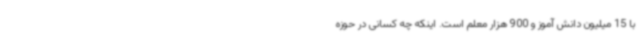
با 15 میلیون دانش آموز و 900 هزار معلم است. اینکه چه کسانی در حوزه